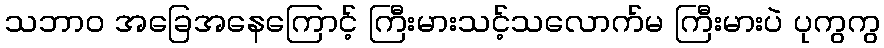
သဘာဝ အခြေအနေကြောင့် ကြီးမားသင့်သလောက်မ ကြီးမားပဲ ပုကွကွ